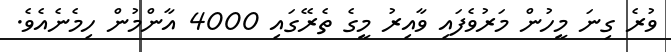
ވުރެ ގިނަ މީހުން މަރުވެފައި ވާއިރު މީގެ ތެރޭގައި 4000 އާންމުން ހިމެނެއެވެ.